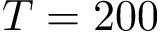
T = 2 0 0